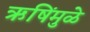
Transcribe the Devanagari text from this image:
ऋषिंमुळे